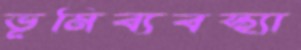
ভূমিব্যবস্থ্যা